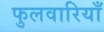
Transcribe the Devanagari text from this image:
फुलवारियाँ